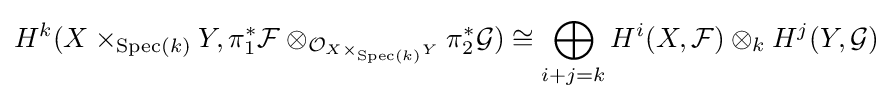
H^{k}(X\times _{{\text{Spec}}(k)}Y,\pi _{1}^{*}{\mathcal {F}}\otimes _{{\mathcal {O}}_{X\times _{{\text{Spec}}(k)}Y}}\pi _{2}^{*}{\mathcal {G}})\cong \bigoplus _{i+j=k}H^{i}(X,{\mathcal {F}})\otimes _{k}H^{j}(Y,{\mathcal {G}})